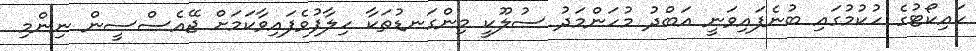
ހައިކޯޓުގެ ހުކުމުގައި ބުނެފައިވަނީ އަބްދު މުހަންމަދު ސުލޫކީ މިންގަނޑުތަކާ ހިލާފުވެފައިވާކަމަށް ޖޭއެސްސީން ނިންމި